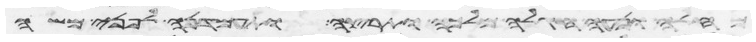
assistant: מחלה ונעה חגלה מלכה ותרצה ותעמדנה לפני משה